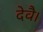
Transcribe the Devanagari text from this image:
देवै।